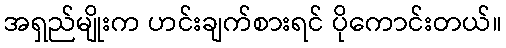
အရှည်မျိုးက ဟင်းချက်စားရင် ပိုကောင်းတယ်။